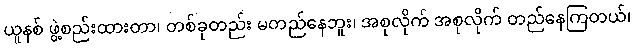
ယူနစ် ဖွဲ့စည်းထားတာ၊ တစ်ခုတည်း မတည်နေဘူး၊ အစုလိုက် အစုလိုက် တည်နေကြတယ်၊